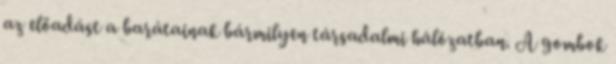
az előadást a barátainak bármilyen társadalmi hálózatban. A gombok